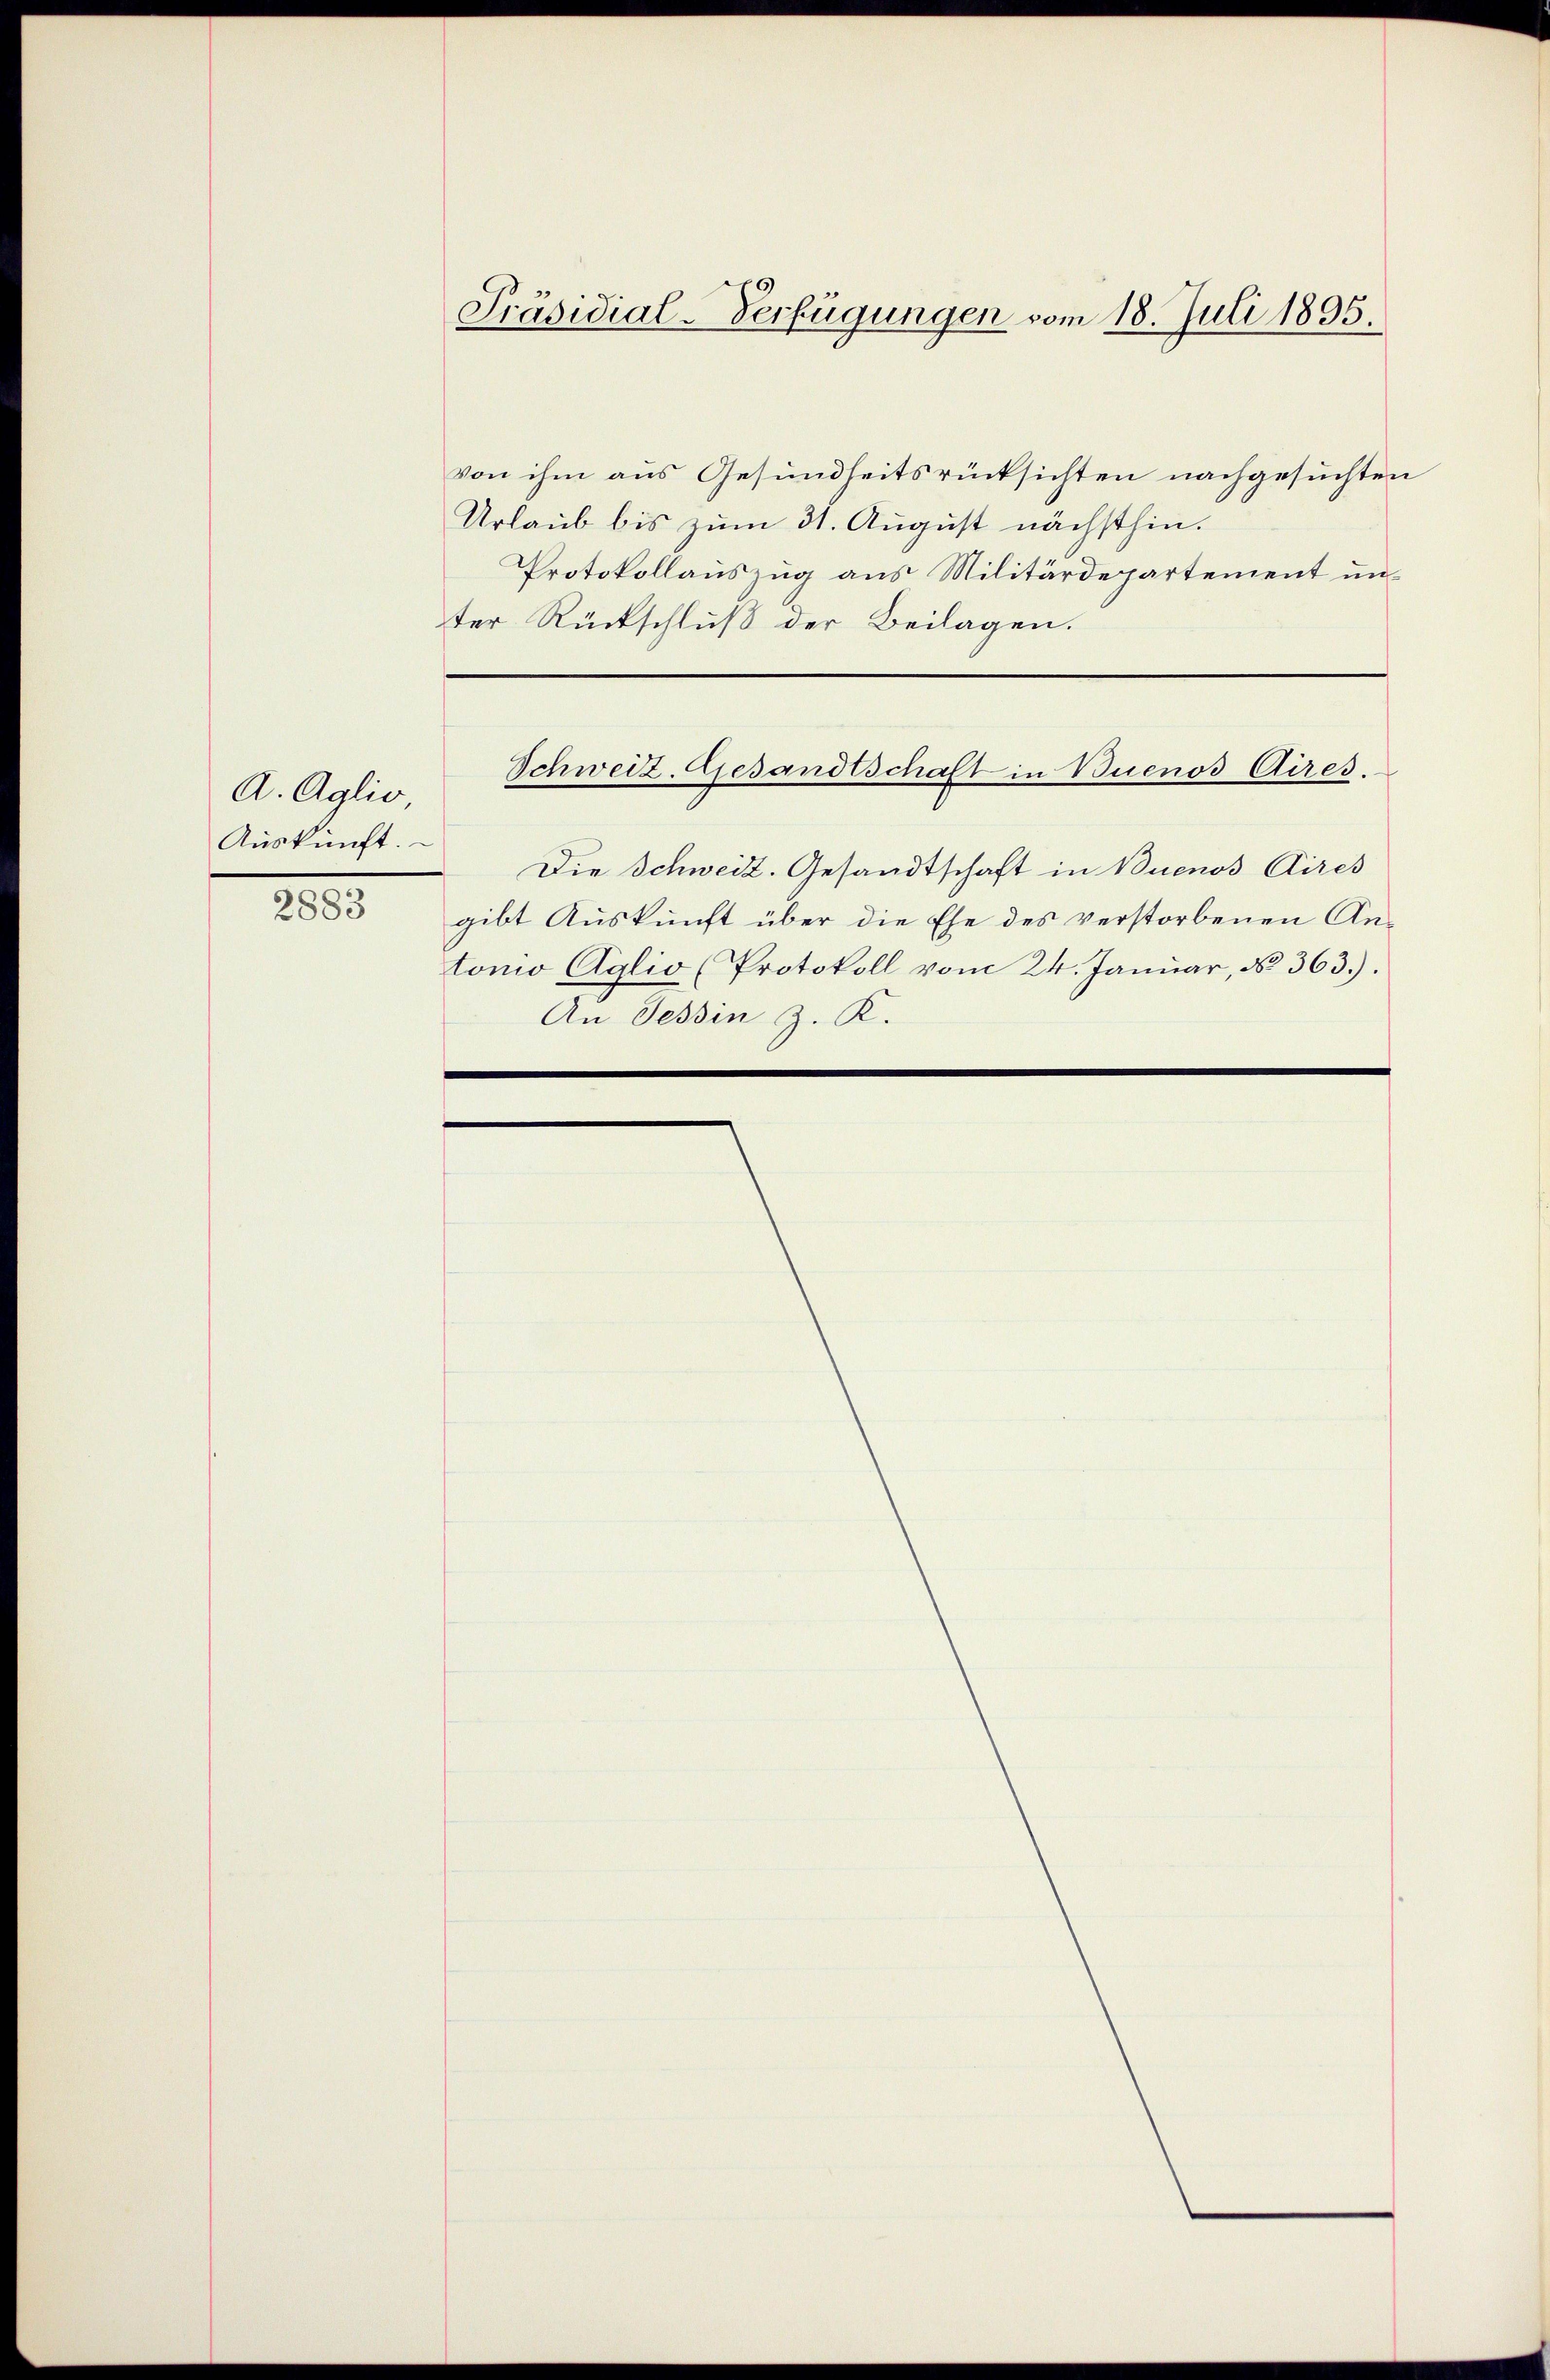
A. Aglio,
Aŭskŭnft.

2883

von ihm aus Gesundheitsrücksichten nachgesuchten
Urlaub bis zum 31. August nächsthin.
Protokollauszug aus Militärdepartement unter Rückschluß der Beilagen.
Schweiz. Gesandtschaft in Buenos Aires.
Die Schweiz. Gesandtschaft in Buenos Aires
gibt Auskunft über die Ehe des verstorbenen An-
tonio Aglio (Protokoll vom 24. Januar, No. 363.).
An Tessin z. K.

Präsidial-Verfügungen vom 18. Juli 1895.